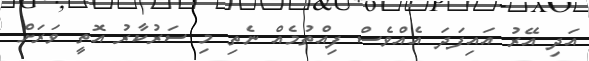
އަދި އޭރު އައިފަދަ އެއްވެސް ފިއްތުމެއް ނެތި މި ސަރުކާރު އޮތީ ވަރަށް